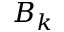
B _ { k }